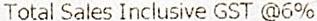
TOTAL SALES INCLUSIVE GST @6%